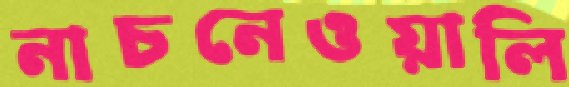
নাচনেওয়ালি